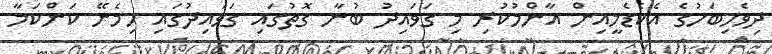
ދިވެހިބަހުގެ އެކެޑެމީއިން އާންމުކުރި މި ގަވައިދު ބުނާ ގޮތުގައި ގަވައިދުގައި ހިމެނޭ ކަންކަމާ